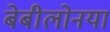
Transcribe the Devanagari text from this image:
बेबीलोनया